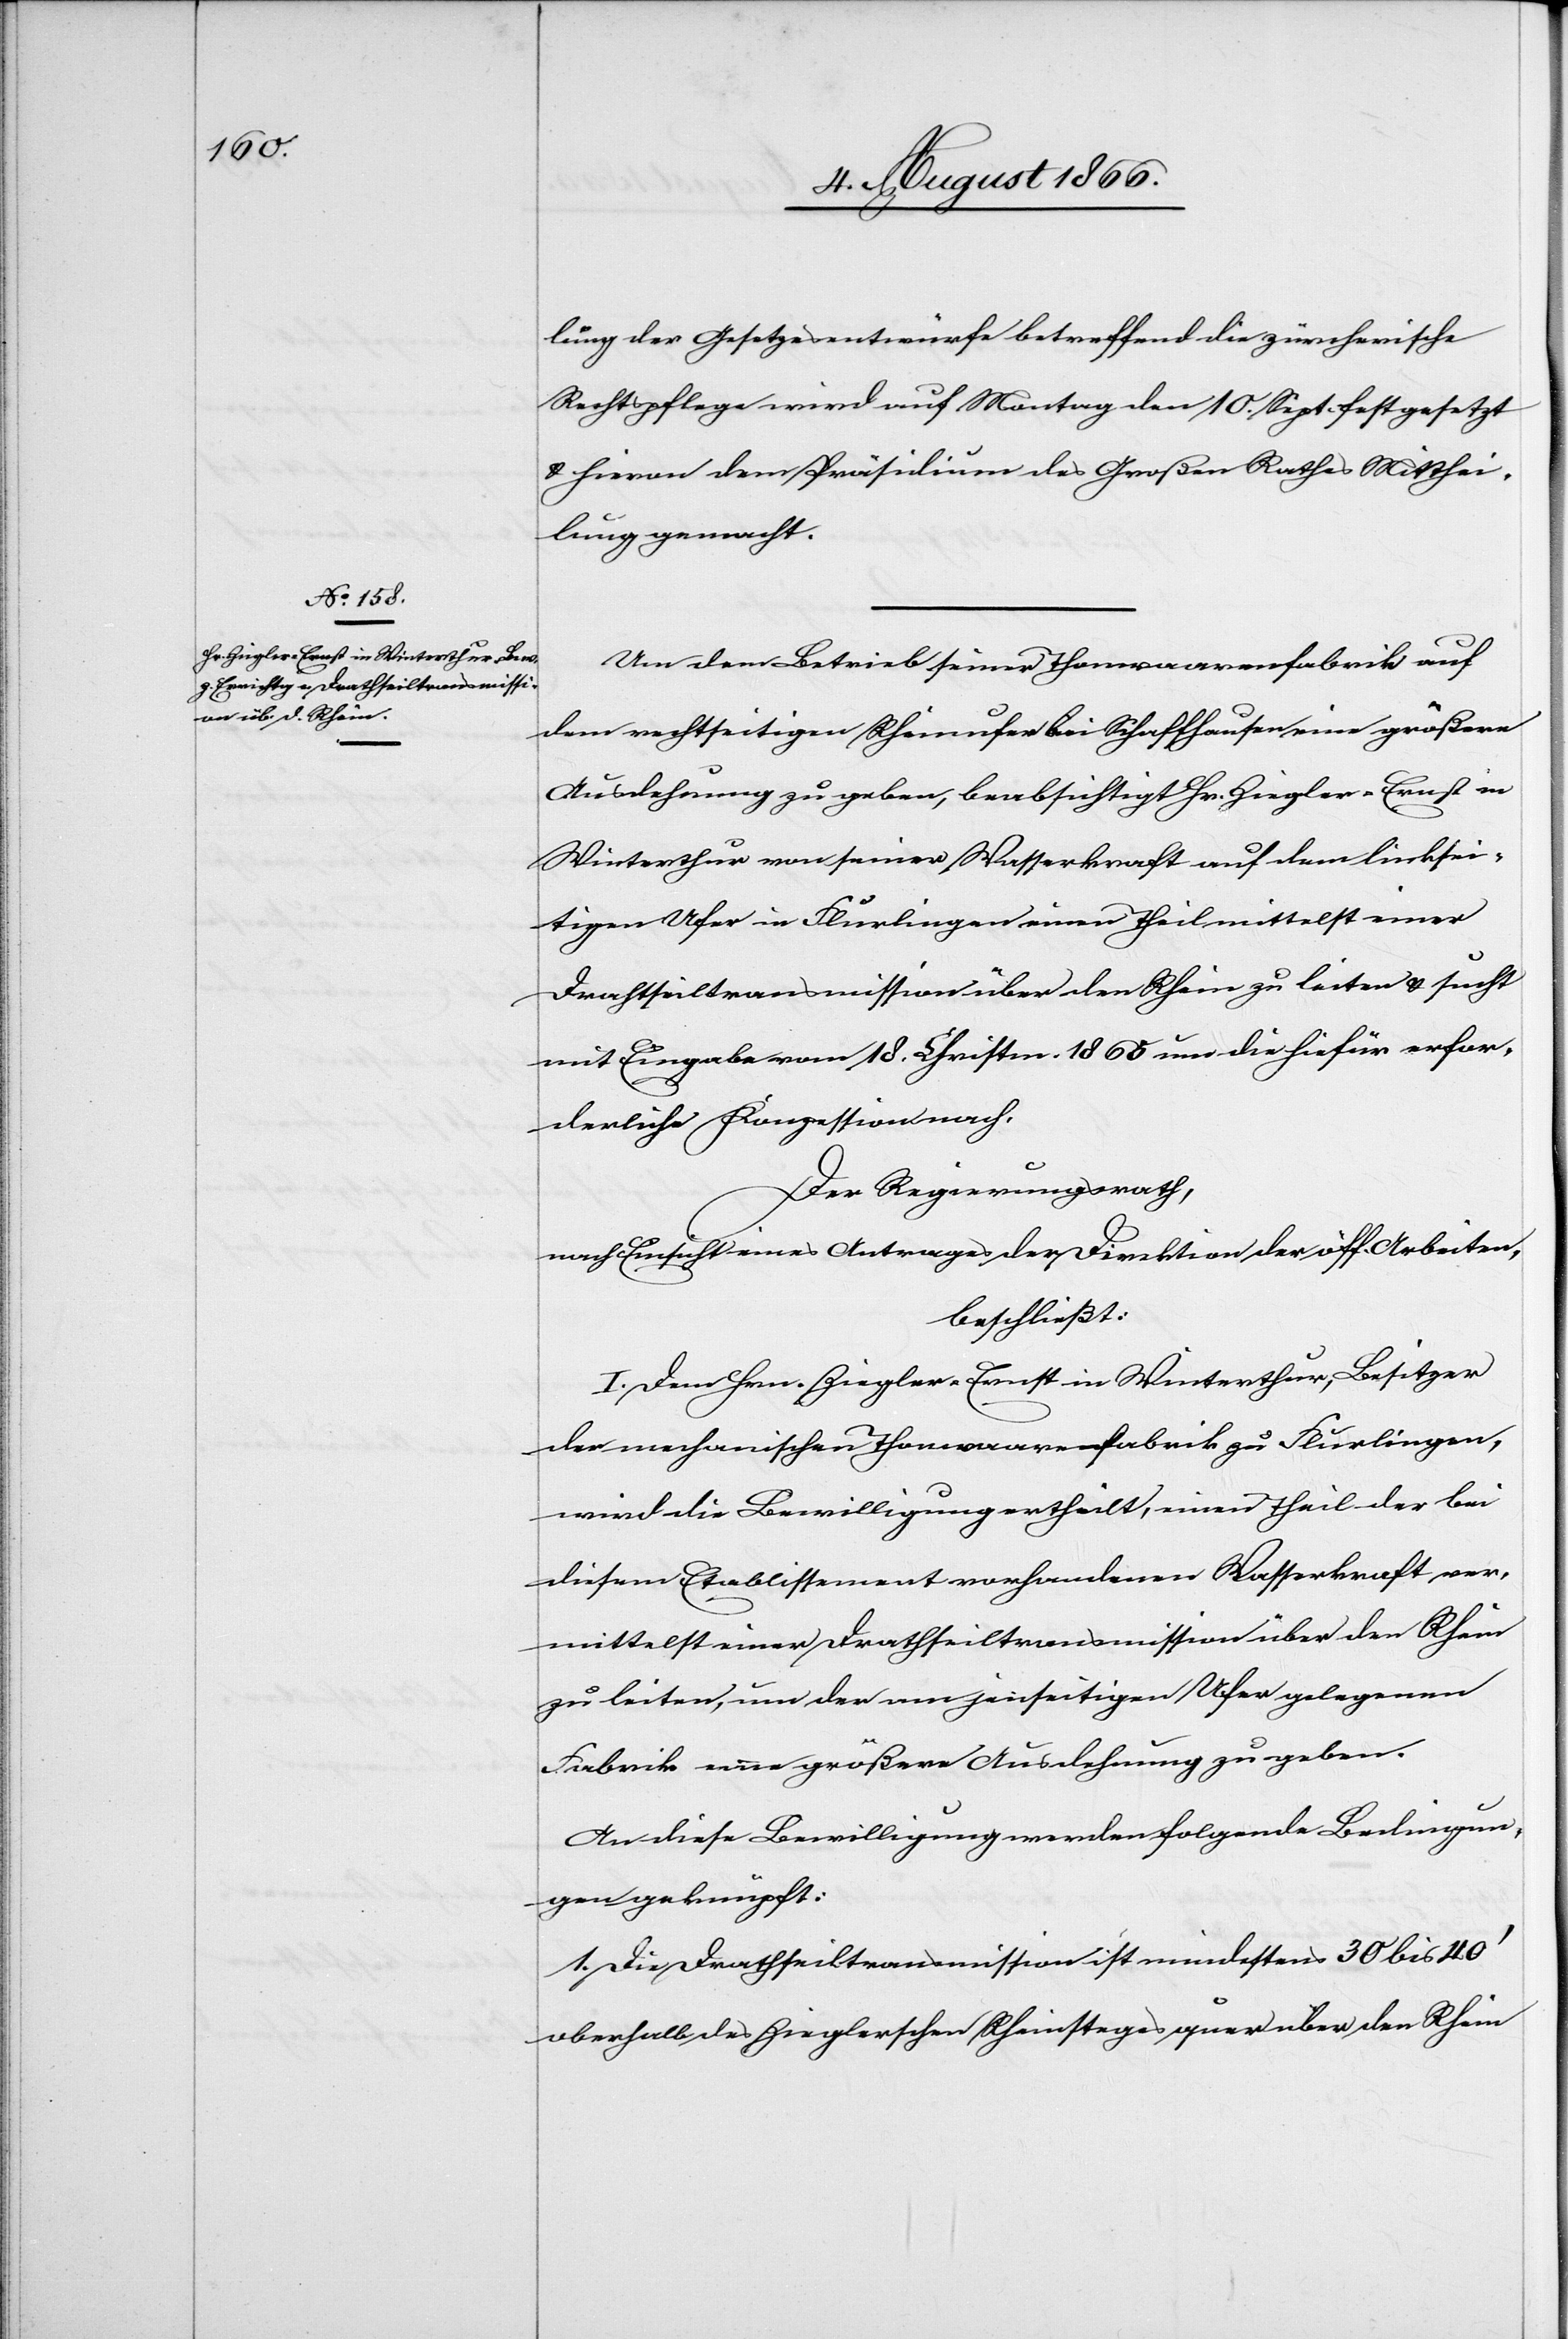
lung der Gesetzesentwürfe betreffend die zürcherische
Rechtspflege wird auf Montag den 10. Sept. festgesetzt
u. hievon dem Präsidium des Großen Rathes Mitthei¬
lung gemacht.
Um dem Betrieb seiner Thonwaarenfabrik auf
dem rechtseitigen Rheinufer bei Schaffhausen eine größere
Ausdehnung zu geben, beabsichtigt Hr. Ziegler Ernst in
Winterthur von seiner Wasserkraft auf dem linksei¬
tigen Ufer in Flurlingen einen Theil mittelst einer
Drahtseiltransmission über den Rhein zu leiten u. sucht
mit Eingabe vom 18. Christm. 1865 um die hiefür erfor¬
derliche Konzession nach.
Der Regierungsrath,
nach Einsicht eines Antrages der Direktion der öff. Arbeiten,
beschließt:
I. Dem Hrn. Ziegler Ernst in Winterthur, Besitzer
der mechanischen Thonwaarenfabrik zu Flurlingen,
wird die Bewilligung ertheilt, einen Theil der bei
diesem Etablissement vorhandenen Wasserkraft ver¬
mittelst einer Drahtseiltransmission über den Rhein
zu leiten, um der am jenseitigen Ufer gelegenen
Fabrik neue größere Ausdehnung zu geben.
An diese Bewilligung werden folgende Bedingun¬
gen geknüpft:
1. Die Drahtseiltransmission ist mindestens 30 bis 40‘
oberhalb des Zieglerschen Rheinsteges quer über den Rhein